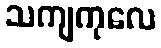
သကျကုလေ